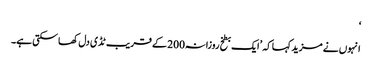
‘
انہوں نے مزید کہا کہ ’ایک بطخ روزانہ200 کے قریب ٹڈی دل کھا سکتی ہے۔